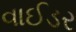
વાઈડર